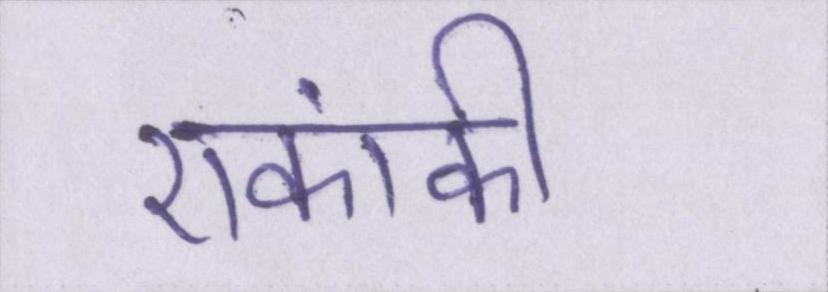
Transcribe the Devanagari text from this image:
एकांकी